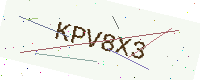
Text: KPV8X3